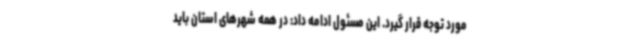
مورد توجه قرار گیرد. این مسئول ادامه داد: در همه شهرهای استان باید